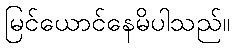
မြင်ယောင်နေမိပါသည်။